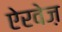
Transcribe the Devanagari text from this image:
ऐरवेज़